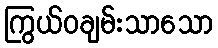
ကြွယ်ဝချမ်းသာသော